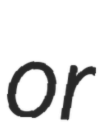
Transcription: or